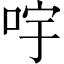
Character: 𠱶